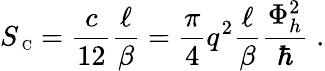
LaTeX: S_{\mathrm{\scriptsize~C}}=\frac{c}{12}\frac{\ell}{\beta}=\frac{\pi}{4}q^{2}\frac{\ell}{\beta}\frac{\Phi_{h}^{2}}{\hbar}\; .